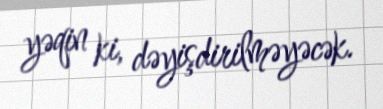
yəqin ki, dəyişdirilməyəcək.